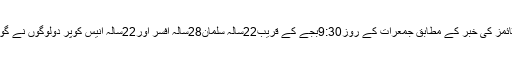
ہندوستان ٹائمز کی خبر کے مطابق جمعرات کے روز9:30بجے کے قریب22سالہ سلمان28سالہ افسر اور22سالہ انیس کوپر دولوگوں نے گولی چلائیں۔